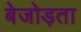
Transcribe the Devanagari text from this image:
बेजोड़ता